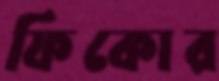
ফিকোর